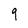
Character: 9